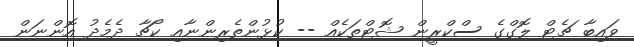
ވައިބާ ޗެޓް ލޮގްގެ ސްކްރީން ޝޮޓްތަކެއް -- ކުޅުންތެރިންނާއި ކޯޗާ ދެމެދު އޮންނަން